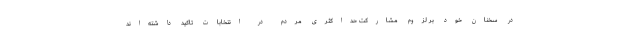
در سخنان خود بر لزوم مشارکت حداکثری مردم در انتخابات تاکید داشته‌اند